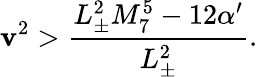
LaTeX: \mathbf{v}^{2}>\frac{{L_{\pm}^{2}M_{7}^{5}-12\alpha^{\prime}}}{{L_{\pm}^{2}}}.